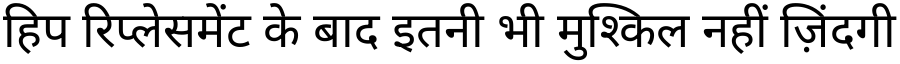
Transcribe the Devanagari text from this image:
हिप रिप्लेसमेंट के बाद इतनी भी मुश्किल नहीं ज़िंदगी